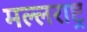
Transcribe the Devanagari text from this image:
मल्लराष्ट्र